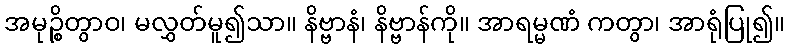
အမုဉ္စိတွာဝ၊ မလွှတ်မူ၍သာ။ နိဗ္ဗာနံ၊ နိဗ္ဗာန်ကို။ အာရမ္မဏံ ကတွာ၊ အာရုံပြု၍။